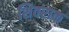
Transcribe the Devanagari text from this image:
शिवराक